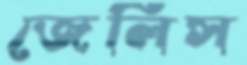
জেলিস